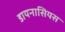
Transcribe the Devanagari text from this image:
डायनासियस